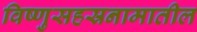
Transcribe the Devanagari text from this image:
विष्णुसहस्रनामातील